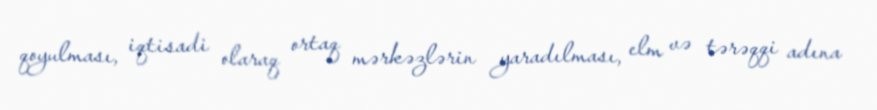
qoyulması, iqtisadi olaraq ortaq mərkəzlərin yaradılması, elm və tərəqqi adına